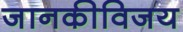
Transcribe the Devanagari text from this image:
जानकीविजय